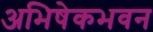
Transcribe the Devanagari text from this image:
अभिषेकभवन